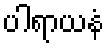
ပါရာယနံ